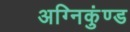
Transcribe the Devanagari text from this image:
अग्निकुंण्ड